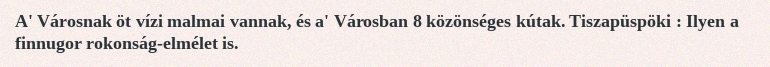
A' Városnak öt vízi malmai vannak, és a' Városban 8 közönséges kútak. Tiszapüspöki : Ilyen a finnugor rokonság-elmélet is.